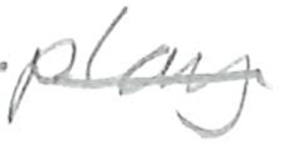
Text: play
Cross-out: single-line
Writing tool: pencil